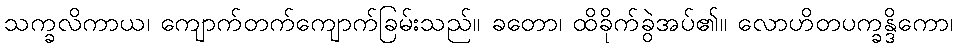
သက္ခလိကာယ၊ ကျောက်တက်ကျောက်ခြမ်းသည်။ ခတော၊ ထိခိုက်ခွဲအပ်၏။ လောဟိတပက္ခန္ဒိကော၊